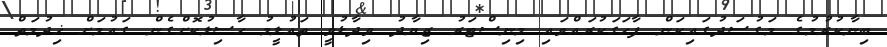
ބިނާކުރުމުގެ މަގުސަދުގައިކަން ފާހަގަކުރައްވައި މިނިސްޓަރު ޒިޔާދު ވިދާޅުވީ ތައުލީމު ހާސިލުކޮށްގެން ގައުމަށް ޚިދުމަތް